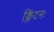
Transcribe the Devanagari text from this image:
क्लिंटनः